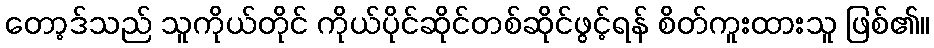
တော့ဒ်သည် သူကိုယ်တိုင် ကိုယ်ပိုင်ဆိုင်တစ်ဆိုင်ဖွင့်ရန် စိတ်ကူးထားသူ ဖြစ်၏။